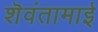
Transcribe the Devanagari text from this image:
शॆवंतामाई